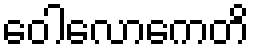
ဝေါလောကေတိ